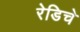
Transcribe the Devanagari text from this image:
रेडिचे